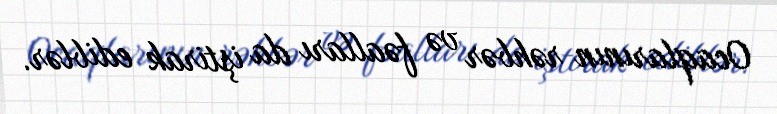
Ocaqlarının rəhbər və fəalları da iştirak ediblər.